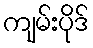
ကျမ်းပိုဒ်